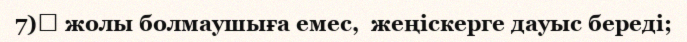
7)	 жолы болмаушыға емес,  жеңіскерге дауыс береді;